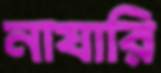
নাযারি